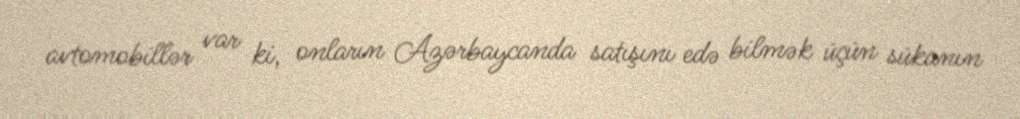
avtomobillər var ki, onların Azərbaycanda satışını edə bilmək üçün sükanın